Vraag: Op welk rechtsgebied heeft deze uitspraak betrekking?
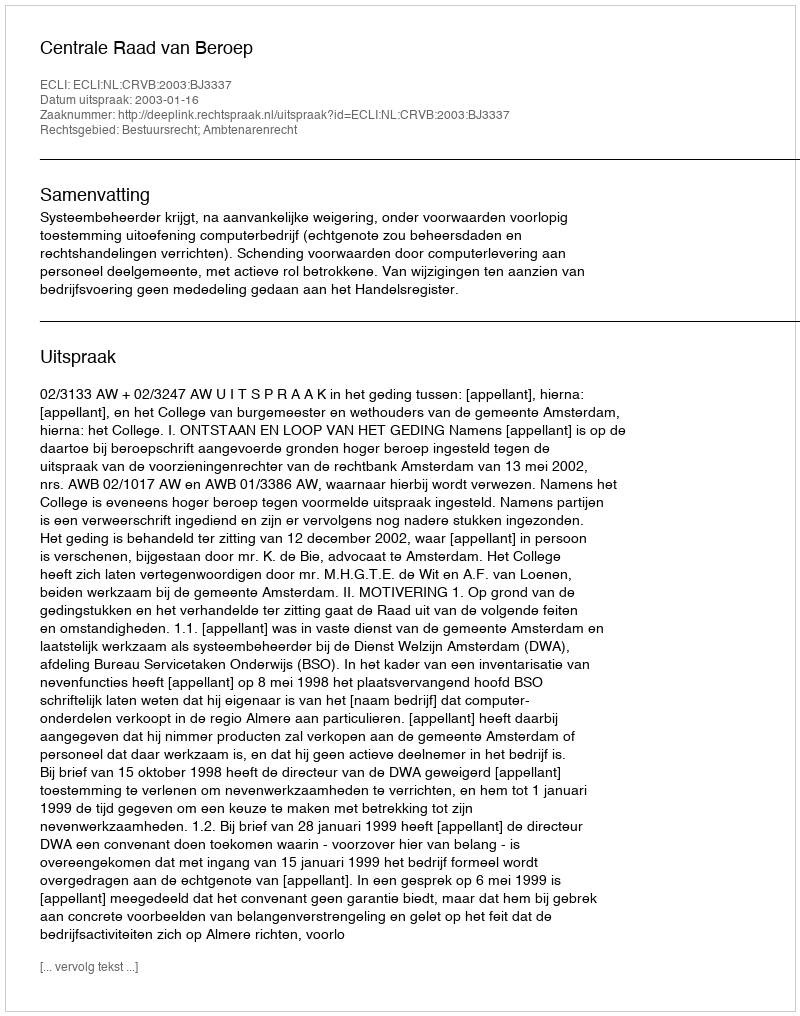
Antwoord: Bestuursrecht; Ambtenarenrecht